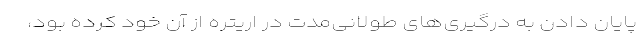
پایان دادن به درگیری‌های طولانی‌مدت در اریتره از آن خود کرده بود،